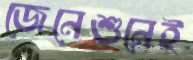
জেনেশুনেই